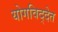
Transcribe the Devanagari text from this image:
योगविद्देत